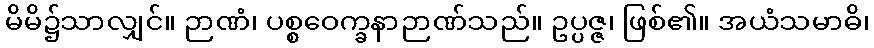
မိမိ၌သာလျှင်။ ဉာဏံ၊ ပစ္စဝေက္ခနာဉာဏ်သည်။ ဥပ္ပဇ္ဇ၊ ဖြစ်၏။ အယံသမာဓိ၊